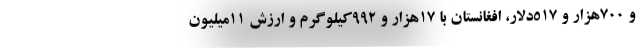
و ۷۰۰هزار و ۵۱۷دلار، افغانستان با ۱۷هزار و ۹۹۲کیلوگرم و ارزش ۱۱میلیون